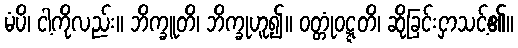
မံပိ၊ ငါ့ကိုလည်း။ ဘိက္ခူတိ၊ ဘိက္ခုဟူ၍။ ဝတ္တုံဝဋ္ဋတိ၊ ဆိုခြင်းငှာသင့်၏။